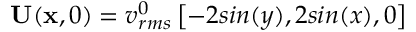
\mathbf { U } ( \mathbf { x } , 0 ) = v _ { r m s } ^ { 0 } \left[ - 2 s i n ( y ) , 2 s i n ( x ) , 0 \right]